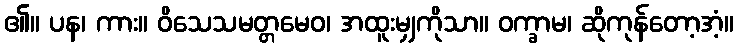
၏။ ပန၊ ကား။ ဝိသေသမတ္တမေဝ၊ အထူးမျှကိုသာ။ ဝက္ခာမ၊ ဆိုကုန်တော့အံ့။